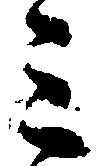
ミ